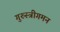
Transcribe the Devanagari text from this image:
गुरुस्त्रीगमन